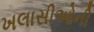
ખલાસીઓની